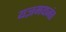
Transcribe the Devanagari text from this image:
यज्ञमयजंत